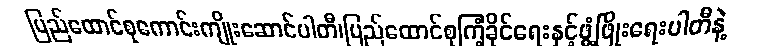
ပြည်ထောင်စုကောင်းကျိုးဆောင်ပါတီ၊ပြည်ထောင်စုကြံ့ခိုင်ရေးနှင့်ဖွံ့ဖြိုးရေးပါတီနဲ့